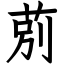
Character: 莂